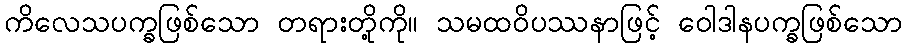
ကိလေသပက္ခဖြစ်သော တရားတို့ကို။ သမထဝိပဿနာဖြင့် ဝေါဒါနပက္ခဖြစ်သော